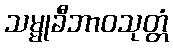
သမ္မုခီဘာဝသုတ္တံ